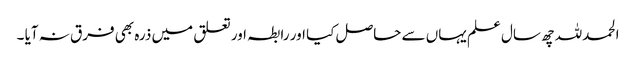
الحمدللہ چھ سال علم یہاں سے حاصل کیا اور رابطہ اور تعلق میں ذرہ بھی فرق نہ آیا ۔